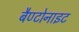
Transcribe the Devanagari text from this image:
बैण्टोनाइट